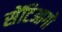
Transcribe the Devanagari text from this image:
सेंटिआगो